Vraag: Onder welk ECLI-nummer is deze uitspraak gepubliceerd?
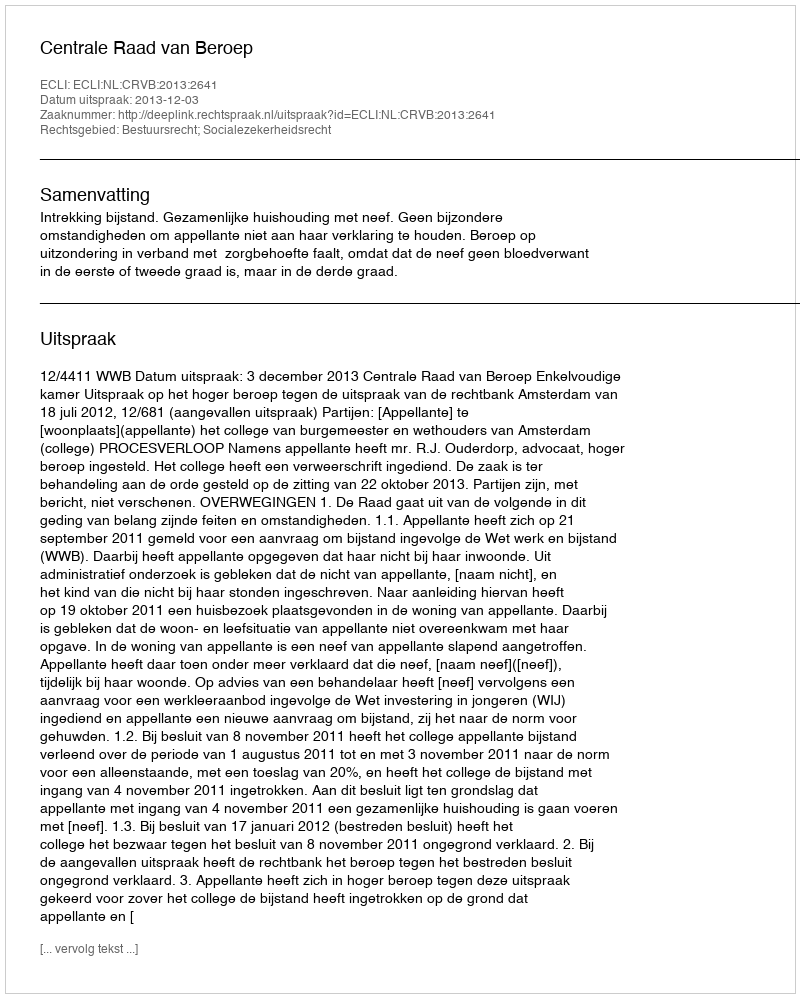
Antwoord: ECLI:NL:CRVB:2013:2641